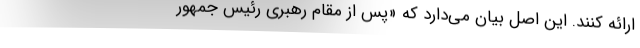
ارائه کنند. این اصل بیان می‌دارد که «پس از مقام رهبری رئیس جمهور